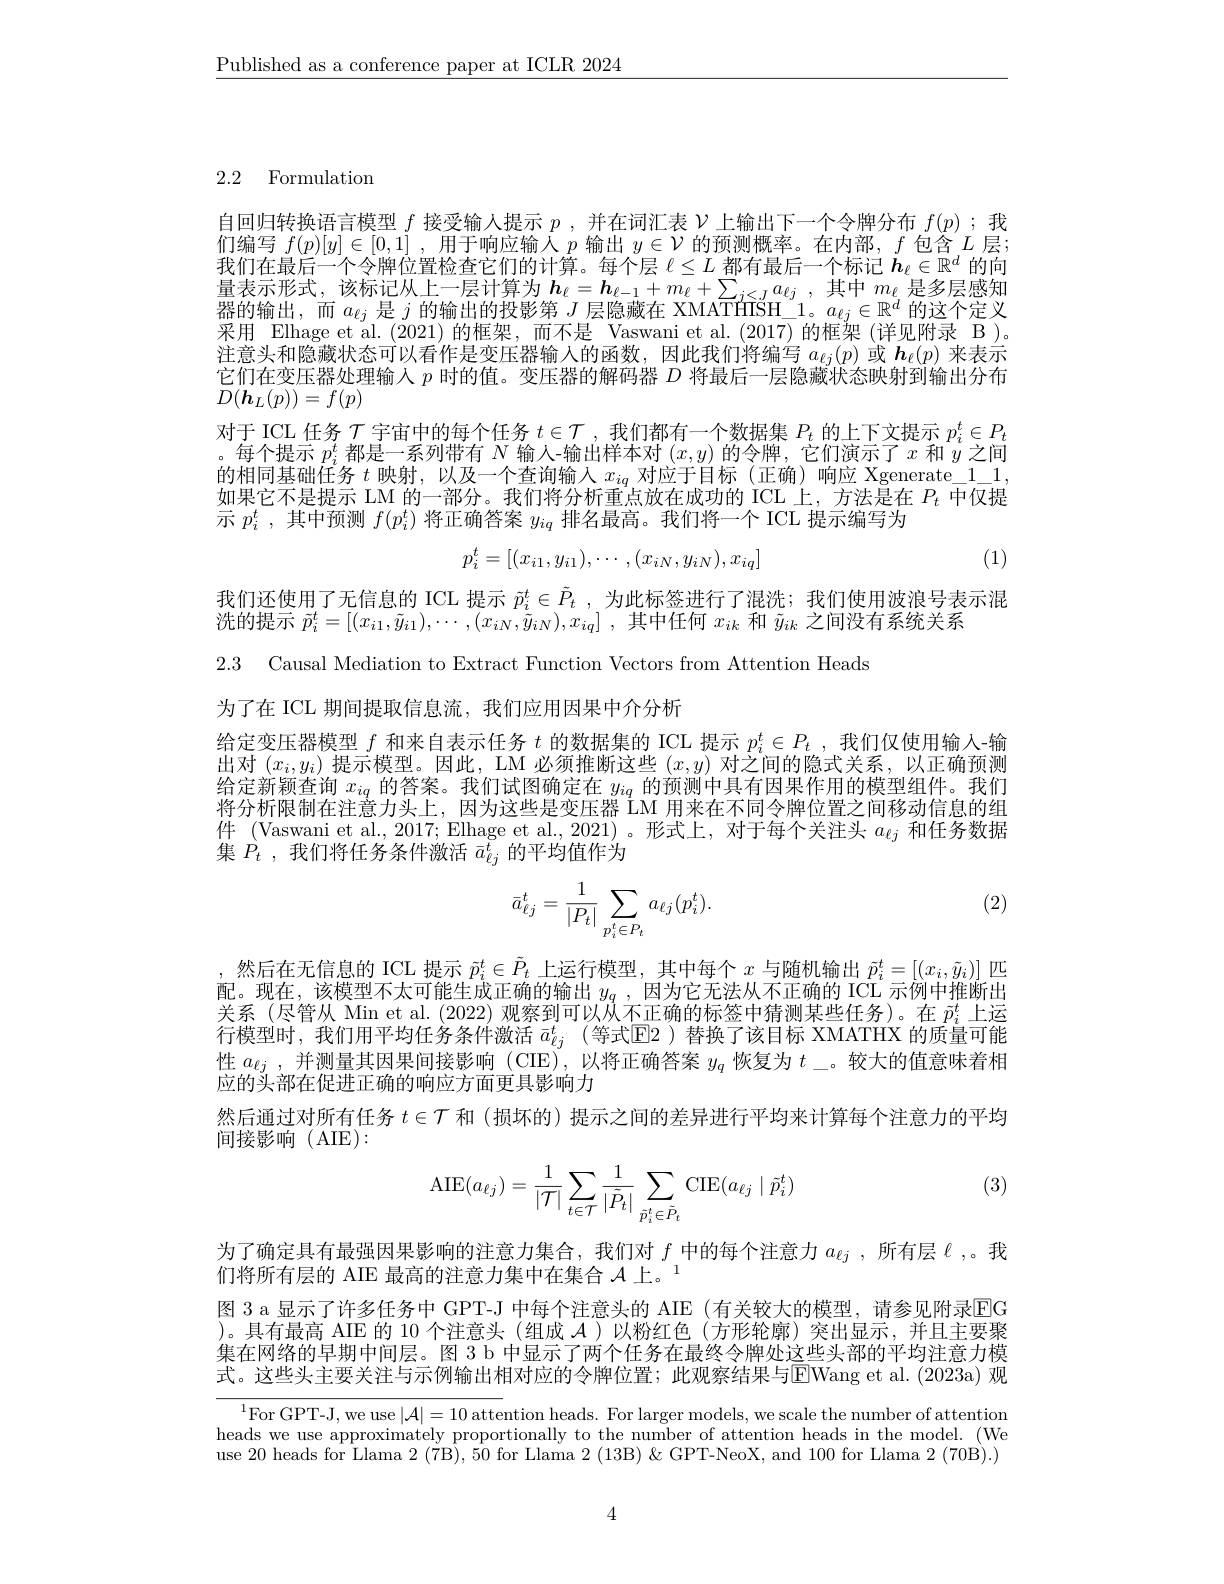
$\underline{\text{Published as a conference paper at ICLR 2024}}$

2.2 Formulation

自回归转换语言模型$f$接受输入提示$p$ ,并在词汇表$\mathcal{V}$上输出下一个令牌分布$f(p)$ ;我们编写$f(p)[y]\in[0,1]$ ,用于响应输人$p$输出$y\in\mathcal{V}$的预测概率。在内部$,f$包含$L$层； 我们在最后一个令牌位置检查它们的计算。每个层$\ell\leq L$都有最后一个标记$\boldsymbol h_\ell\in\mathbb{R}^d$的向量表示形式，该标记从上一层计算为$h_\ell = \boldsymbol{h}_{\ell - 1}+ m_\ell + \sum _{j< J}a_{\ell j}$ ,其中$m_\ell$是多层感知器的输出，而$a_{\ell j}$是$j$的输出的投影第$J$层隐藏在 XMATfHISH\_$1。a_{\ell j}\in\mathbb{R}^d$的这个定义采用 Elhage et al.(2021)的框架，而不是 Vaswani et al.(2017)的框架(详见附录 B)。注 意 头 和 隐 藏 状 态 可 以 看 作 是 变 压 器 输 入 的 函 数 , 因 此 我 们 将 编 写 $a_{\ell j}( p)$ 或 $\boldsymbol{h}_{\ell }( p)$ 来 表 示 户 归 女 产 厅 明 山 西 价它们在变压器处理输入$p$时的值。变压器的解码器$D$将最后一层隐藏状态映射到输出分布$D(\boldsymbol{h}_L(p))=f(p)$
对于 ICL 任务$\mathcal{T}$宇宙中的每个任务$t\in\mathcal{T}$ ,我们都有一个数据集$P_t$的上下文提示$p_i^t\in P_t$ 。每个提示$p_i^t$都是一系列带有$N$输人-输出样本对$(x,y)$的令牌 ,它们演示了$x$和$y$之间的相同基础任务$t$映射，以及一个查询输入$x_iq$对应于目标(正确)响应 Xgenerate\_11, 如果它不是提示 LM 的一部分。我们将分析重点放在成功的 ICL 上，方法是在$P_t$中仅提示$p_i^t$ ,其中预测$f(p_i^t)$将正确答案$y_iq$排名最高。我们将一个 ICL 提示编写为
$$p_{i}^{t}=[(x_{i1},y_{i1}),\cdots,(x_{iN},y_{iN}),x_{iq}]$$
(1)

我们还使用了无信息的 ICL 提示$\tilde{p}_i^t\in\tilde{P}_t$,为此标签进行了混洗；我们使用波浪号表示混
洗的提示$\vec{p} _i^t= [ ( x_{i1}, \tilde{y} _{i1}) , \cdots , ( x_{iN}, \tilde{y} _{iN}) , x_{iq}]$ ,其中任何$x_ik$和$\tilde{y}_{ik}$之间没有系统关系
2.3 Causal Mediation to Extract Function Vectors from Attention Heads

为了在 ICL 期间提取信息流，我们应用因果中介分析

给定变压器模型$f$和来自表示任务$t$的数据集的 ICL 提示$p_i^t\in P_t$ ,我们仅使用输人-输出对$(x_i,y_i)$提示模型。因此，LM 必须推断这些$(x,y)$对之间的隐式关系，以正确预测给定新颖查询$x_{iq}$的答案。我们试图确定在$y_iq$的预测中具有因果作用的模型组件。我们将分析限制在注意力头上，因为这些是变压器 LM 用来在不同令牌位置之间移动信息的组件 (Vaswani et al., 2017; Elhage et al., 2021)。形式上，对于每个关注头$a_\ell j$和任务数据集$\dot{P}_t$,我们将任务条件激活$\bar{a}_{\ell j}^{\bar{t}}$的平均值作为

(2)
$$\bar{a}_{\ell j}^t=\frac{1}{|P_t|}\sum_{p_i^t\in P_t}a_{\ell j}(p_i^t).$$
,然后在无信息的 ICL 提示$\tilde{p}_i^t\in\tilde{P}_t$上运行模型，其中每个$x$与随机输出$\tilde{p}_i^t=[(x_i,\tilde{y}_i)]$匹配。现在，该模型不太可能生成正确的输出$y_q$ , 因为它无法从不正确的 ICL 示例中推断出关系 (尽管从 Min et al. (2022) 观察到可以从不正确的标签中猜测某些任务)。在$\vec{p}_i^t$上运行模型时，我们用平均任务条件激活 $\bar{a}_{\ell j}^t$(等式$\overline{\mathrm{E}}$2)替换了该目标 XMATHX 的质量可能性$a_{\ell j}$ ,并测量其因果间接影响 (CIE),以将正确答案$y_q$恢复为$t$\_。较大的值意味着相应的头部在促进正确的响应方面更具影响力
然后通过对所有任务$t\in\mathcal{T}$和 (损坏的) 提示之间的差异进行平均来计算每个注意力的平均
间接影响(AIE):

(3)
$$\mathrm{AIE}(a_{\ell j})=\frac{1}{|\mathcal{T}|}\sum\limits_{t\in\mathcal{T}}\frac{1}{|\tilde{P}_{t}|}\sum\limits_{\tilde{p}_{i}^{t}\in\tilde{P}_{t}}\mathrm{CIE}(a_{\ell j}\mid\tilde{p}_{i}^{t})$$
为了确定具有最强因果影响的注意力集合，我们对$f$中的每个注意力$a_{\ell j}$ ,所有层$\ell$ 。我
们将所有层的 AIE 最高的注意力集中在集合$\mathcal{A} \text{ 上 。}^{1}$
图 3 a 显示了许多任务中 GPT-J 中每个注意头的 AIE (有关较大的模型，请参见附录$\color{red}{\mathrm{EG}}$ )。具有最高 AIE 的 10 个注意头 (组成$\mathcal{A}$ )以粉红色 (方形轮廓)突出显示，并且主要聚集在网络的早期中间层。图 3 b 中显示了两个任务在最终令牌处这些头部的平均注意力模式。这些头主要关注与示例输出相对应的令牌位置；此观察结果与$\overline{\mathrm{E}}$Wang et al.(2023a)观

$^{1}$For GPT-J, we use$|\mathcal{A}|=10$ attention heads. For larger models, we scale the number of attention heads we use approximately proportionally to the number of attention heads in the model. (We use 20heads for Llama 2( 7B) , 50 for Llama 2( 13B) $\&$ GPT-NeoX, and 100 for Llama 2(70B).)

4